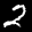
Label: 2